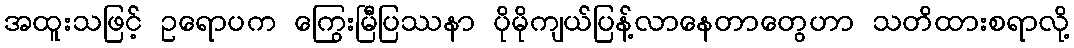
အထူးသဖြင့် ဥရောပက ကြွေးမြီပြဿနာ ပိုမိုကျယ်ပြန့်လာနေတာတွေဟာ သတိထားစရာလို့